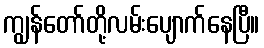
ကျွန်တော်တို့လမ်းပျောက်နေပြီ။